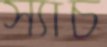
স্যাচ